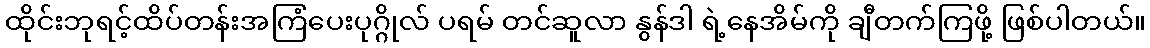
ထိုင်းဘုရင့်ထိပ်တန်းအကြံပေးပုဂ္ဂိုလ် ပရမ် တင်ဆူလာ နွန်ဒါ ရဲ့နေအိမ်ကို ချီတက်ကြဖို့ ဖြစ်ပါတယ်။